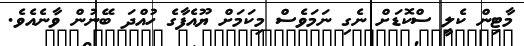
މާޓިން ކެލީ ސްކޮޑަށް ނެގި ނަމަވެސް މިކަމަށް ޔޫއެފާގެ ހުއްދަ ބޭނުން ވާނެއެވެ.